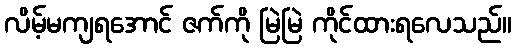
လိမ့်မကျရအောင် ဇက်ကို မြဲမြဲ ကိုင်ထားရလေသည်။